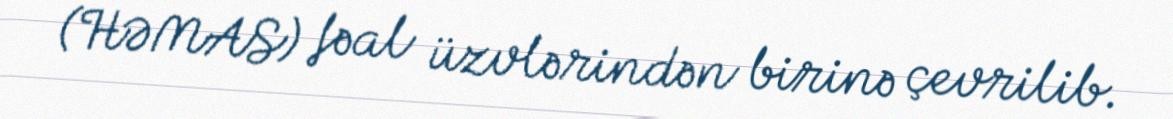
(HƏMAS) fəal üzvlərindən birinə çevrilib.